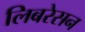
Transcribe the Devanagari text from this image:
लिबरेसन